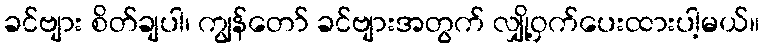
ခင်ဗျား စိတ်ချပါ၊ ကျွန်တော် ခင်ဗျားအတွက် လျှို့ဝှက်ပေးထားပါ့မယ်။